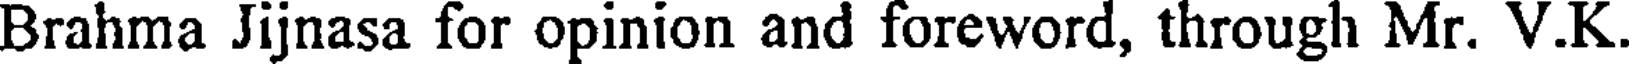
Brahma Jijnasa for opinion and foreword, through Mr. V.K.